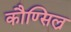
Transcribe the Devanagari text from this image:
कौण्सिल्र